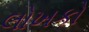
લોખકો